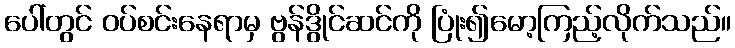
ပေါ်တွင် ဝပ်စင်းနေရာမှ ဗွန်ဒွိုင်ဆင်ကို ပြုံး၍မော့ကြည့်လိုက်သည်။